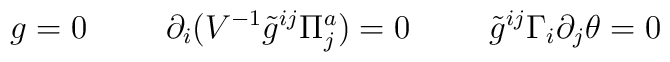
g=0\hskip 1truecm \partial_i(V^{-1}{\tilde g}^{ij}\Pi_j^a)=0\hskip 1truecm{\tilde g}^{ij}\Gamma_i\partial_j\theta=0